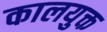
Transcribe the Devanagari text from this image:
कालयुक्त